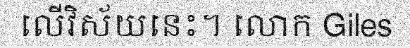
លើវិស័យនេះ។ លោក Giles